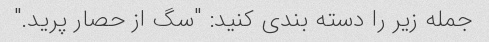
جمله زیر را دسته بندی کنید: "سگ از حصار پرید."